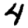
Digit: 4